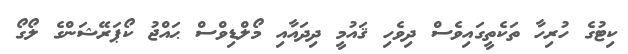
ކިޓުގެ ހުރިހާ ތަކެތީގައިވެސް ދިވެހި ޤައުމީ ދިދައާއި މޯލްޑިވްސް ޙައްޖު ކޯޕަރޭޝަންގެ ލޯގޯ